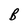
Character: B